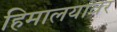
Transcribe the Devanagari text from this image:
हिमालयावर